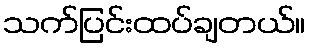
သက်ပြင်းထပ်ချတယ်။